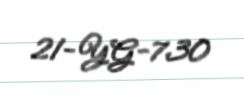
21-YG-730